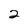
Character: 2